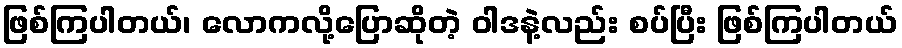
ဖြစ်ကြပါတယ်၊ လောကလို့ပြောဆိုတဲ့ ဝါဒနဲ့လည်း စပ်ပြီး ဖြစ်ကြပါတယ်